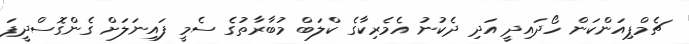
ޗެމްޕިއަންކަން ހޯދައިދީ އަދި ދެކުނު އެމެރިކާގެ ކްލަބް މުބާރާތުގެ ސެމީ ފައިނަލަށް ގެންގޮސްދީފަ